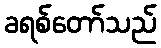
ခရစ်တော်သည်